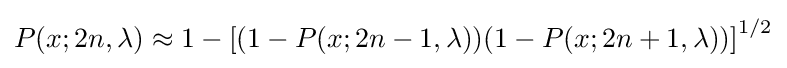
P(x;2n,\lambda )\approx 1-\left[(1-P(x;2n-1,\lambda ))(1-P(x;2n+1,\lambda ))\right]^{1/2}